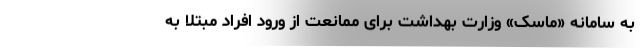
به سامانه «ماسک» وزارت بهداشت برای ممانعت از ورود افراد مبتلا به